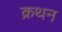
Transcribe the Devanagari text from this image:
क्रथन